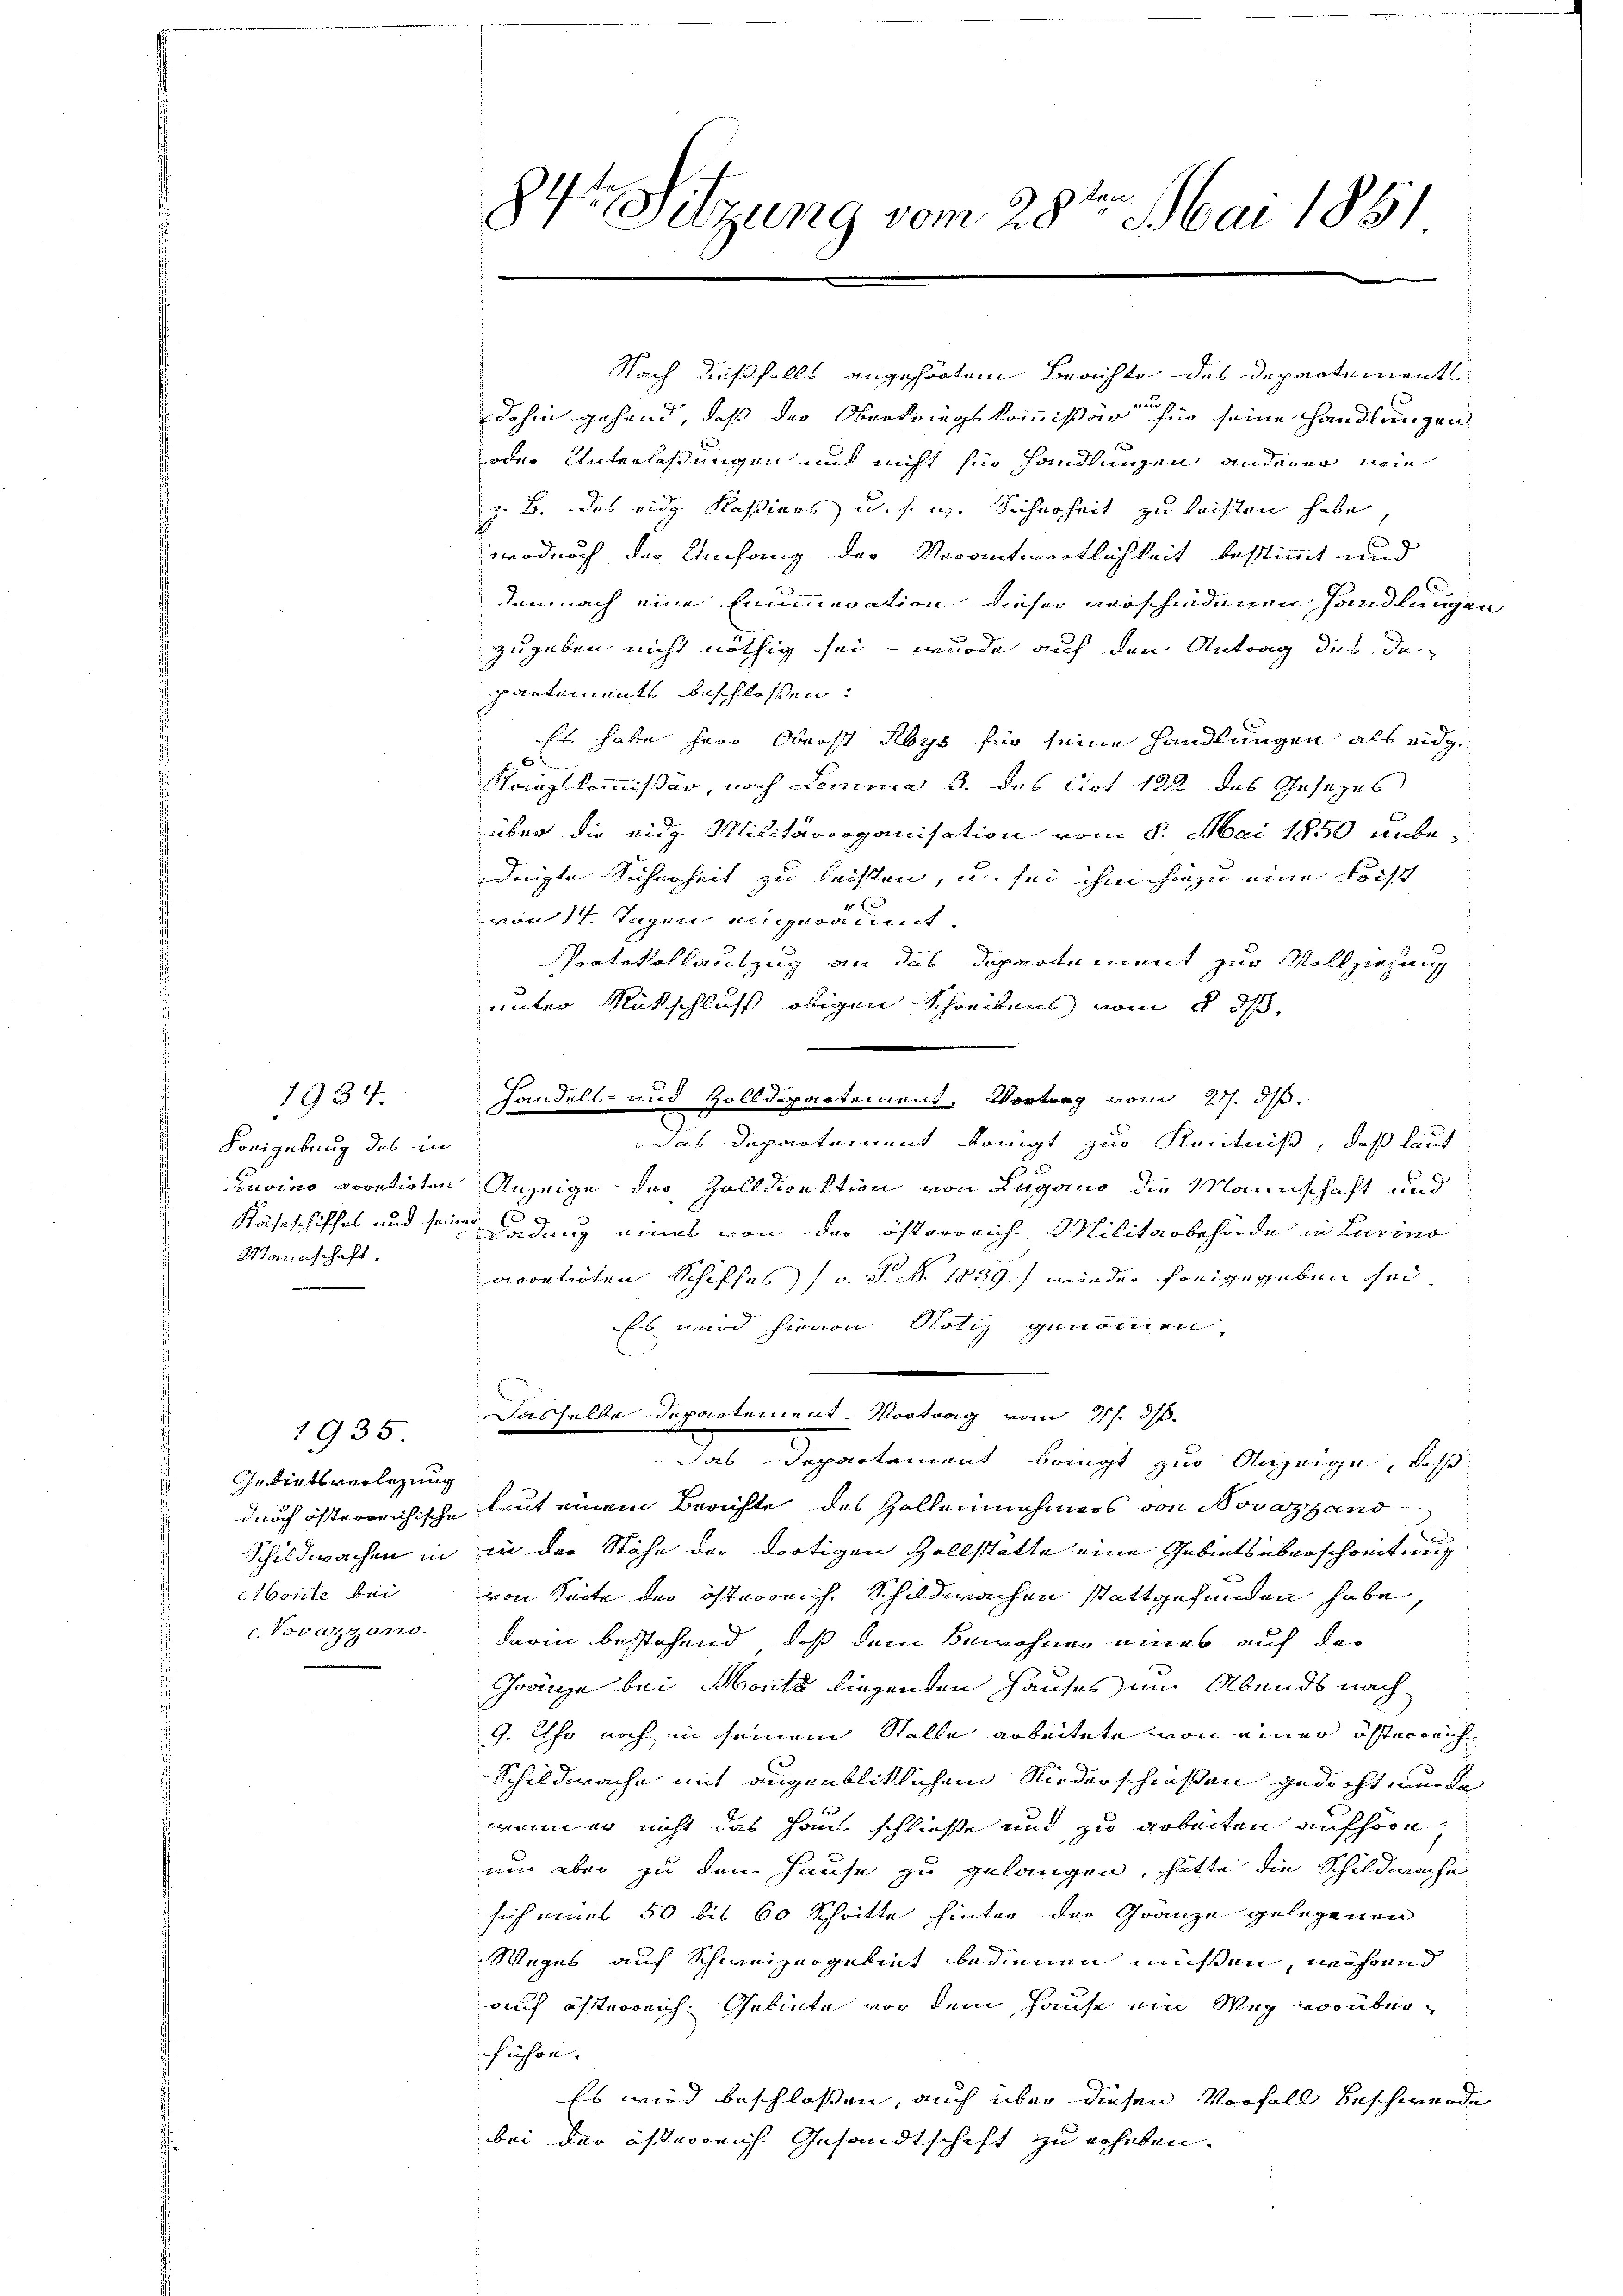
1934.
Freigebung des in
Käsaschiffes und seiner
2aunschaft.

Inbietsverlegung
c.Vovazzano.

Nach dießfalls angehörtem Berichte des Departementl
dahin gehend, daß der Oberkriegskommissär für seine handlungen
oder Unterlaßungen und nicht hin handlungen anderer wie
z. B. das eidg. Kassiers u. s. w. Sicherheit zu leisten habe
wodurch der Umfang der Verantwortlichkeit bestimmt und
demnach eine Enummeration dieser verschiedenen Handlungen
zugeben nicht nöthig sei – wurde auf den Antrag des de
partements beschlossen:
Es habe herr Oberst Abys für seine Handlungen als eidg.
.
Kangskommißär, nach Lemma 3. des Cirt 122 des Gesezes
über die eidg. Militärorganisation vom 8. Mai 1850 unbedingte Sicherheit zu leisten, u. sei ihm hiezu eine Forst
15 x
von 11. Tagen angeräumt.
Protokollauszug an das Departement zur Vollziehung
unter Rückschluß obigen Schreibens vom 8. ds.
Handels- und Zolldepartement. Vorberg vom 21. ds.
as Departement Königt zur Kenntniß, daß laut
uvino arretirten Anzeige der Zolldirektion von Lugano die Mannschaft und
Ladung eines von der österreich. Militärbehörde in Turino
aocatioten Schiffes (s. S. No. 1839.) wieder freigegeben sei.
Es wird hievon Notiz genommen,
135. Dasselbe Departement. Vortrag vom 217. 310.
Das Departement bringt zur Anzeige, daß
durch österrichische laut einem Berichte des Zollernehmers von Novazzand
e
Schildwachen in in der Stähe der dortigen Zollstatte eine Gebiets überschreitung
Monte bei von Seite der österreich. Schildwachen stattgefunden habe,
darin bestehend, daß dem Bewohner eines auf de
Gränze bei Monta liegenden Hauses im Abends nach
9. Uhr noch in seinem Stelle arbeitete von einer österreich
Schildwache mit augenbliklichem Niederschießen gedacht wurde
wenn er nicht das Haus schließe und zu arbeiten aufhöre,
um aber zu den Hause zu gelangen, hatte die Schildwache
sich eines 50 bis 60 Schritte hinter der Gränze gelegenen
Weges auf Schweizergebiet bedienen müssen, während
auf österreich. Gebiete vor dem Hause ein Weg vorüberschiehen.
Es wird beschlossen, auch über diesen Vorfall beschwerde
bei der österreich. Gesandtschaft zu erheben.

84. Sitzung vom 28ten Mai 1851